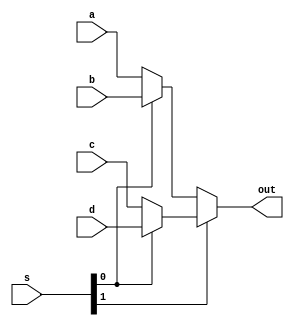
`timescale 1ns / 1ps



module mux_4x1(
    input [31:0] a,
    input [31:0] b,
    input [31:0] c,
    input [31:0] d,
    input [1:0] s,
    output [31:0] out
    );
    
    assign out= s[1] ? (s[0] ? d : c) : (s[0] ? b : a);
    
endmodule